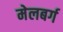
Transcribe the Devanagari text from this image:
मेलबर्ग